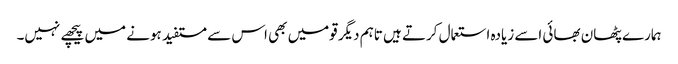
ہمارے پٹھان بھائی اسے زیادہ استعمال کرتے ہیں تاہم دیگر قومیں بھی اس سے مستفید ہونے میں پیچھے نہیں۔